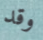
وقد